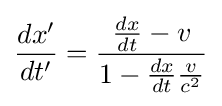
{\frac {dx'}{dt'}}={\frac {{\frac {dx}{dt}}-v}{1-{\frac {dx}{dt}}{\frac {v}{c^{2}}}}}